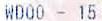
WDOO - 15